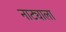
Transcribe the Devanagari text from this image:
नाट्याला